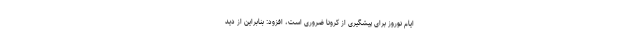
ایام نوروز برای پیشگیری از کرونا ضروری است، افزود: بنابراین از دید